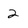
Character: 2